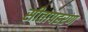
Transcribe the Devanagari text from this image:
सीतापहरण